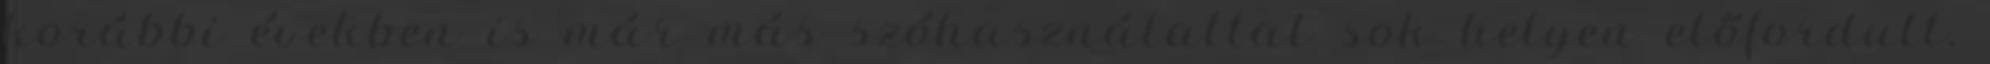
korábbi években is már más szóhasználattal sok helyen előfordult.